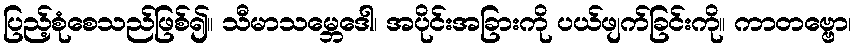
ပြည့်စုံစေသည်ဖြစ်၍။ သီမာသမ္ဘေဒေါ၊ အပိုင်းအခြားကို ပယ်ဖျက်ခြင်းကို။ ကာတဗ္ဗော၊